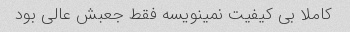
کاملا بی کیفیت نمینویسه فقط جعبش عالی بود